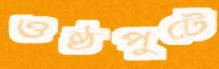
ওষ্ঠপুটে